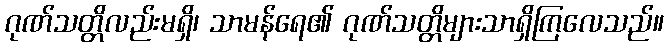
ဂုဏ်သတ္တိလည်းမရှိ၊ သာမန်ရေ၏ ဂုဏ်သတ္တိများသာရှိကြလေသည်။